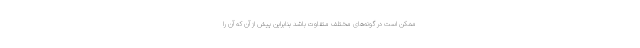
ممکن است در گونه‌های مختلف متفاوت باشد بنابراین پیش از آن که آن را